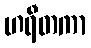
ဟရီတကာ